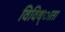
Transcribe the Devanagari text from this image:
विविध्ाता